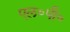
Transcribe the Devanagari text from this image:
एल॰पी॰